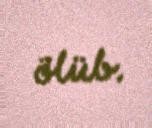
ölüb.